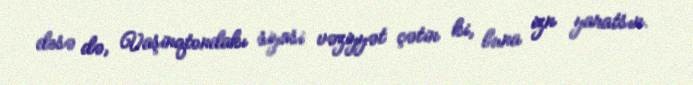
desə də, Vaşinqtondakı siyasi vəziyyət çətin ki, buna izn yaratsın.